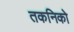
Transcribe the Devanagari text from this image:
तकनिको